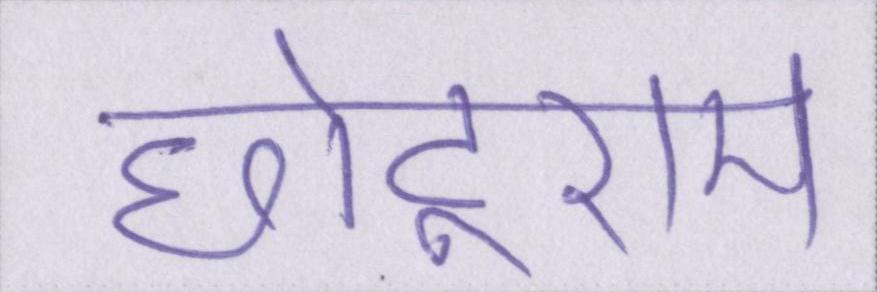
छोटूराम